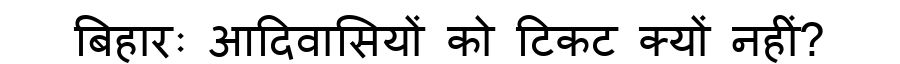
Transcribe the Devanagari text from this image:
बिहारः आदिवासियों को टिकट क्यों नहीं?